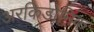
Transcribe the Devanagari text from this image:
अरकिडोनिक